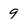
Character: 9